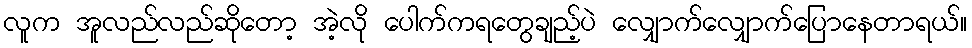
လူက အူလည်လည်ဆိုတော့ အဲ့လို ပေါက်ကရတွေချည့်ပဲ လျှောက်လျှောက်ပြောနေတာရယ်။